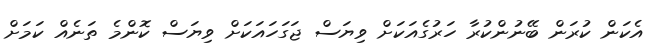
އެކަން ކުރަން ބޭނުންކުރާ ހަރުގެއަކަށް ވިޔަސް ޖަގަހައަކަށް ވިޔަސް ކޮންމެ ތަނެއް ކަމަށް